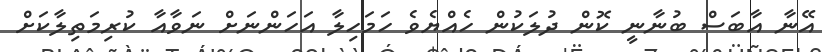
އޭނާ އާބަސް ބުނާނީ ކޮން ދުލަކުން ހެއްޔެވެ ހަމަހިލާ އަހަންނަށް ނަވާއާ ކުރިމަތިލާކަށް